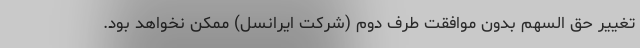
تغییر حق السهم بدون موافقت طرف دوم (شرکت ایرانسل) ممکن نخواهد بود.